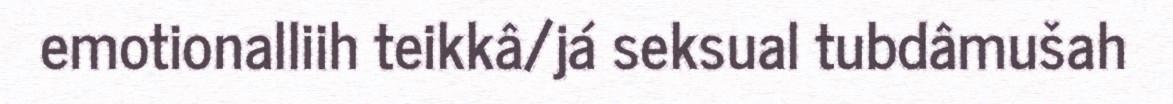
emotionalliih teikkâ/já seksual tubdâmušah